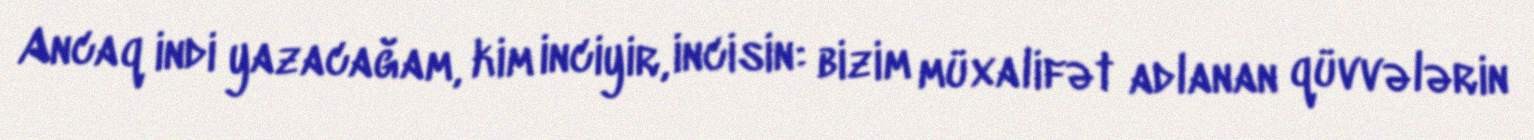
Ancaq indi yazacağam, kim inciyir, incisin: bizim müxalifət adlanan qüvvələrin